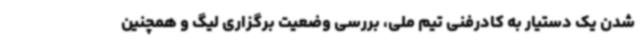
شدن یک دستیار به کادرفنی تیم ملی، بررسی وضعیت برگزاری لیگ و همچنین